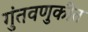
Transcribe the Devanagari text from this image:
गुंतवणुकीत